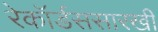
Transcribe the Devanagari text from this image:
रेकॉर्डससारखी